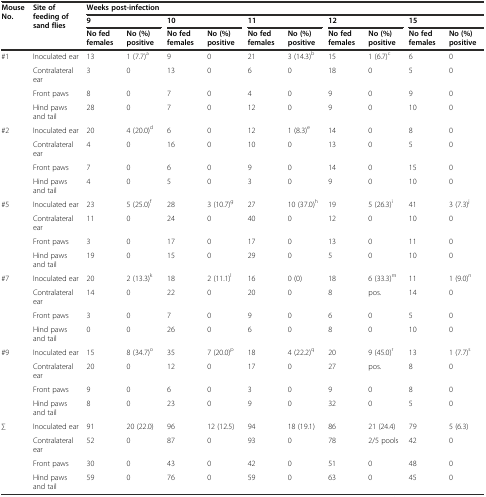
<table><thead><tr><td rowspan="3"><b>Mouse No.</b></td><td rowspan="3"><b>Site of feeding of sand flies</b></td><td colspan="10"><b>Weeks post-infection</b></td></tr><tr><td colspan="2"><b>9</b></td><td colspan="2"><b>10</b></td><td colspan="2"><b>11</b></td><td colspan="2"><b>12</b></td><td colspan="2"><b>15</b></td></tr><tr><td><b>No fed females</b></td><td><b>No (%) positive</b></td><td><b>No fed females</b></td><td><b>No (%) positive</b></td><td><b>No fed females</b></td><td><b>No (%) positive</b></td><td><b>No fed females</b></td><td><b>No (%) positive</b></td><td><b>No fed females</b></td><td><b>No (%) positive</b></td></tr></thead><tbody><tr><td rowspan="4">#1</td><td>Inoculated ear</td><td>13</td><td>1 (7.7)<sup>a</sup></td><td>9</td><td>0</td><td>21</td><td>3 (14.3)<sup>b</sup></td><td>15</td><td>1 (6.7)<sup>c</sup></td><td>6</td><td>0</td></tr><tr><td>Contralateral ear</td><td>3</td><td>0</td><td>13</td><td>0</td><td>6</td><td>0</td><td>18</td><td>0</td><td>5</td><td>0</td></tr><tr><td>Front paws</td><td>8</td><td>0</td><td>7</td><td>0</td><td>4</td><td>0</td><td>9</td><td>0</td><td>9</td><td>0</td></tr><tr><td>Hind paws and tail</td><td>28</td><td>0</td><td>7</td><td>0</td><td>12</td><td>0</td><td>9</td><td>0</td><td>10</td><td>0</td></tr><tr><td rowspan="4">#2</td><td>Inoculated ear</td><td>20</td><td>4 (20.0)<sup>d</sup></td><td>6</td><td>0</td><td>12</td><td>1 (8.3)<sup>e</sup></td><td>14</td><td>0</td><td>8</td><td>0</td></tr><tr><td>Contralateral ear</td><td>4</td><td>0</td><td>16</td><td>0</td><td>10</td><td>0</td><td>13</td><td>0</td><td>5</td><td>0</td></tr><tr><td>Front paws</td><td>7</td><td>0</td><td>6</td><td>0</td><td>9</td><td>0</td><td>14</td><td>0</td><td>15</td><td>0</td></tr><tr><td>Hind paws and tail</td><td>4</td><td>0</td><td>5</td><td>0</td><td>3</td><td>0</td><td>9</td><td>0</td><td>10</td><td>0</td></tr><tr><td rowspan="4">#5</td><td>Inoculated ear</td><td>23</td><td>5 (25.0)<sup>f</sup></td><td>28</td><td>3 (10.7)<sup>g</sup></td><td>27</td><td>10 (37.0)<sup>h</sup></td><td>19</td><td>5 (26.3)<sup>i</sup></td><td>41</td><td>3 (7.3)<sup>j</sup></td></tr><tr><td>Contralateral ear</td><td>11</td><td>0</td><td>24</td><td>0</td><td>40</td><td>0</td><td>12</td><td>0</td><td>10</td><td>0</td></tr><tr><td>Front paws</td><td>3</td><td>0</td><td>17</td><td>0</td><td>17</td><td>0</td><td>13</td><td>0</td><td>11</td><td>0</td></tr><tr><td>Hind paws and tail</td><td>19</td><td>0</td><td>15</td><td>0</td><td>29</td><td>0</td><td>5</td><td>0</td><td>10</td><td>0</td></tr><tr><td rowspan="4">#7</td><td>Inoculated ear</td><td>20</td><td>2 (13.3)<sup>k</sup></td><td>18</td><td>2 (11.1)<sup>l</sup></td><td>16</td><td>0 (0)</td><td>18</td><td>6 (33.3)<sup>m</sup></td><td>11</td><td>1 (9.0)<sup>n</sup></td></tr><tr><td>Contralateral ear</td><td>14</td><td>0</td><td>22</td><td>0</td><td>20</td><td>0</td><td>8</td><td>pos.</td><td>14</td><td>0</td></tr><tr><td>Front paws</td><td>3</td><td>0</td><td>7</td><td>0</td><td>9</td><td>0</td><td>6</td><td>0</td><td>5</td><td>0</td></tr><tr><td>Hind paws and tail</td><td>0</td><td>0</td><td>26</td><td>0</td><td>6</td><td>0</td><td>8</td><td>0</td><td>10</td><td>0</td></tr><tr><td rowspan="4">#9</td><td>Inoculated ear</td><td>15</td><td>8 (34.7)<sup>o</sup></td><td>35</td><td>7 (20.0)<sup>p</sup></td><td>18</td><td>4 (22.2)<sup>q</sup></td><td>20</td><td>9 (45.0)<sup>r</sup></td><td>13</td><td>1 (7.7)<sup>s</sup></td></tr><tr><td>Contralateral ear</td><td>20</td><td>0</td><td>12</td><td>0</td><td>17</td><td>0</td><td>27</td><td>pos.</td><td>8</td><td>0</td></tr><tr><td>Front paws</td><td>9</td><td>0</td><td>6</td><td>0</td><td>3</td><td>0</td><td>9</td><td>0</td><td>8</td><td>0</td></tr><tr><td>Hind paws and tail</td><td>8</td><td>0</td><td>23</td><td>0</td><td>9</td><td>0</td><td>32</td><td>0</td><td>5</td><td>0</td></tr><tr><td rowspan="4">∑</td><td>Inoculated ear</td><td>91</td><td>20 (22.0)</td><td>96</td><td>12 (12.5)</td><td>94</td><td>18 (19.1)</td><td>86</td><td>21 (24.4)</td><td>79</td><td>5 (6.3)</td></tr><tr><td>Contralateral ear</td><td>52</td><td>0</td><td>87</td><td>0</td><td>93</td><td>0</td><td>78</td><td>2/5 pools</td><td>42</td><td>0</td></tr><tr><td>Front paws</td><td>30</td><td>0</td><td>43</td><td>0</td><td>42</td><td>0</td><td>51</td><td>0</td><td>48</td><td>0</td></tr><tr><td>Hind paws and tail</td><td>59</td><td>0</td><td>76</td><td>0</td><td>59</td><td>0</td><td>63</td><td>0</td><td>45</td><td>0</td></tr></tbody></table>